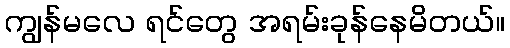
ကျွန်မလေ ရင်တွေ အရမ်းခုန်နေမိတယ်။